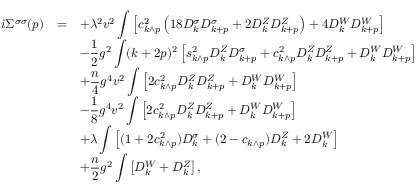
\begin{array} { r c l } { { i \Sigma ^ { \sigma \sigma } ( p ) } } & { { = } } & { { \displaystyle + \lambda ^ { 2 } v ^ { 2 } \int \left[ c _ { k \wedge p } ^ { 2 } \left( 1 8 D _ { k } ^ { \sigma } D _ { k + p } ^ { \sigma } + 2 D _ { k } ^ { Z } D _ { k + p } ^ { Z } \right) + 4 D _ { k } ^ { W } D _ { k + p } ^ { W } \right] } } \\ { { } } & { { } } & { { \displaystyle - \frac { 1 } { 2 } g ^ { 2 } \int ( k + 2 p ) ^ { 2 } \left[ s _ { k \wedge p } ^ { 2 } D _ { k } ^ { Z } D _ { k + p } ^ { \sigma } + c _ { k \wedge p } ^ { 2 } D _ { k } ^ { Z } D _ { k + p } ^ { Z } + D _ { k } ^ { W } D _ { k + p } ^ { W } \right] } } \\ { { } } & { { } } & { { \displaystyle + \frac { n } { 4 } g ^ { 4 } v ^ { 2 } \int \left[ 2 c _ { k \wedge p } ^ { 2 } D _ { k } ^ { Z } D _ { k + p } ^ { Z } + D _ { k } ^ { W } D _ { k + p } ^ { W } \right] } } \\ { { } } & { { } } & { { \displaystyle - \frac { 1 } { 8 } g ^ { 4 } v ^ { 2 } \int \left[ 2 c _ { k \wedge p } ^ { 2 } D _ { k } ^ { Z } D _ { k + p } ^ { Z } + D _ { k } ^ { W } D _ { k + p } ^ { W } \right] } } \\ { { } } & { { } } & { { \displaystyle + \lambda \int \left[ ( 1 + 2 c _ { k \wedge p } ^ { 2 } ) D _ { k } ^ { \sigma } + ( 2 - c _ { k \wedge p } ) D _ { k } ^ { Z } + 2 D _ { k } ^ { W } \right] } } \\ { { } } & { { } } & { { \displaystyle + \frac { n } { 2 } g ^ { 2 } \int \left[ D _ { k } ^ { W } + D _ { k } ^ { Z } \right] , } } \end{array}